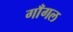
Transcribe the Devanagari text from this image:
गाँगल